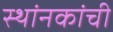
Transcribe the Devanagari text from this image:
स्थांनकांची